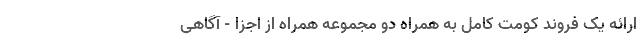
ارائه یک فروند کومت کامل به همراه دو مجموعه همراه از اجزا - آگاهی